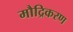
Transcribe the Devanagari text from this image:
मौद्रिकरण